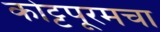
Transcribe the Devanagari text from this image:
कोट्टपूरमचा